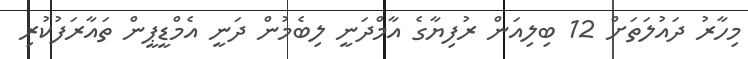
މިހާރު ދައުލަތަށް 12 ބިލިއަން ރުފިޔާގެ އާމްދަނީ ލިބެމުން ދަނީ އެމްޑީޕީން ތައާރަފުކުރި